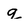
Character: q